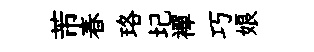
芾春珞圮襌巧娘